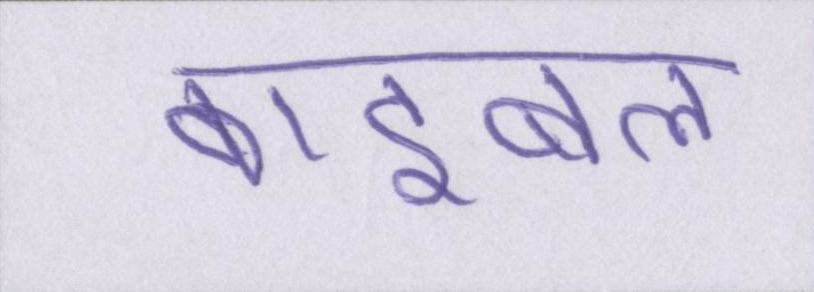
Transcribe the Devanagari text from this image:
बाइबल